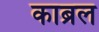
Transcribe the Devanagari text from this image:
काब्रल